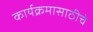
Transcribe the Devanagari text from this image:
कार्यक्रमासाठीचे